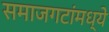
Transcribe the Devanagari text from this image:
समाजगटांमध्ये